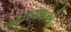
બહારવાળાઓ